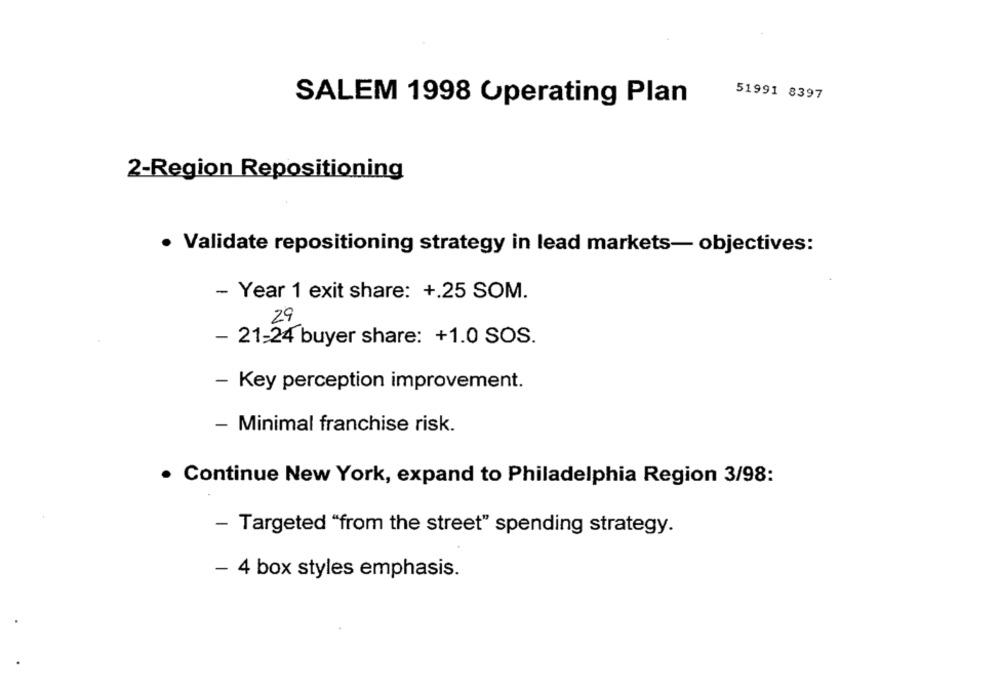
51991 8397
SALEM 1998 Operating Plan
2-Region Repositioning
· Validate repositioning strategy in lead markets- objectives:
- Year 1 exit share: +.25 SOM.
29
- 21-24 buyer share: +1.0 SOS.
- Key perception improvement.
- Minimal franchise risk.
· Continue New York, expand to Philadelphia Region 3/98:
- Targeted "from the street" spending strategy.
- 4 box styles emphasis.